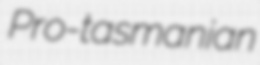
Pro-tasmanian